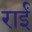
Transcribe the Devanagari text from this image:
राईं